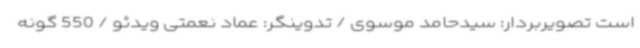
است تصویربردار: سیدحامد موسوی / تدوینگر: عماد نعمتی ویدئو / 550 گونه